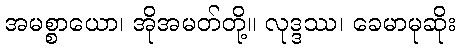
အမစ္စာယော၊ အိုအမတ်တို့။ လုဒ္ဒဿ၊ ခေမာမုဆိုး